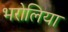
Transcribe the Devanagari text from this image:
भरोलिया